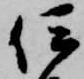
伊